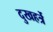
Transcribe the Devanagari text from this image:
दुखहर्त्रे